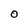
Character: O